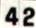
42